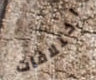
اختلافات